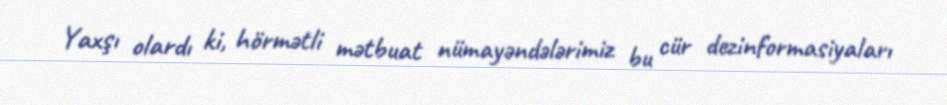
Yaxşı olardı ki, hörmətli mətbuat nümayəndələrimiz bu cür dezinformasiyaları